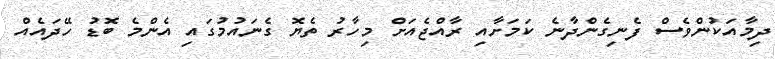
ދިމާއަކުންވެސް ފެނިގެންދާނެ ކަމަށާއި ރާއްޖެއަށް މިހާރު ތެޔޮ ގެނައުމުގައި އެންމެ ބޮޑު ހޭދައެއް